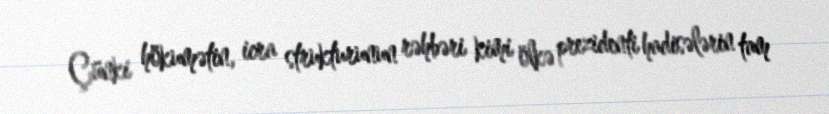
Çünki hökumətin, icra strukturunun rəhbəri kimi ölkə prezidenti hadisələrin tam